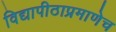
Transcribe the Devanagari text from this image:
विद्यापीठाप्रमाणेच